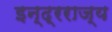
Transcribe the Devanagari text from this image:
इन्द्रराज्य